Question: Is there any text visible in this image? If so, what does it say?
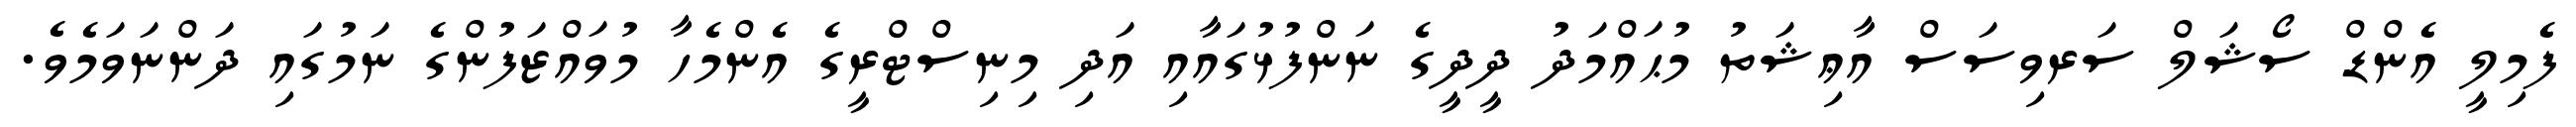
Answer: ފެމިލީ އެންޑް ސޯޝަލް ސަރވިސަސް އާޢިޝަތު މުޙައްމަދު ދީދީގެ ނަންފުޅުގައާއި އަދި މިނިސްޓްރީގެ އެންމެހާ މުވައްޒަފުންގެ ނަމުގައި ދަންނަވަމެވެ.